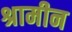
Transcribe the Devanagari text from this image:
श्रामीन